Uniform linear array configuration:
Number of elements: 16
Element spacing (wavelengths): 0.75
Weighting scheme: binomial
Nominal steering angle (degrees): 30
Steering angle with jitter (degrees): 31.788
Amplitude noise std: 0.05
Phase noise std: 0.05

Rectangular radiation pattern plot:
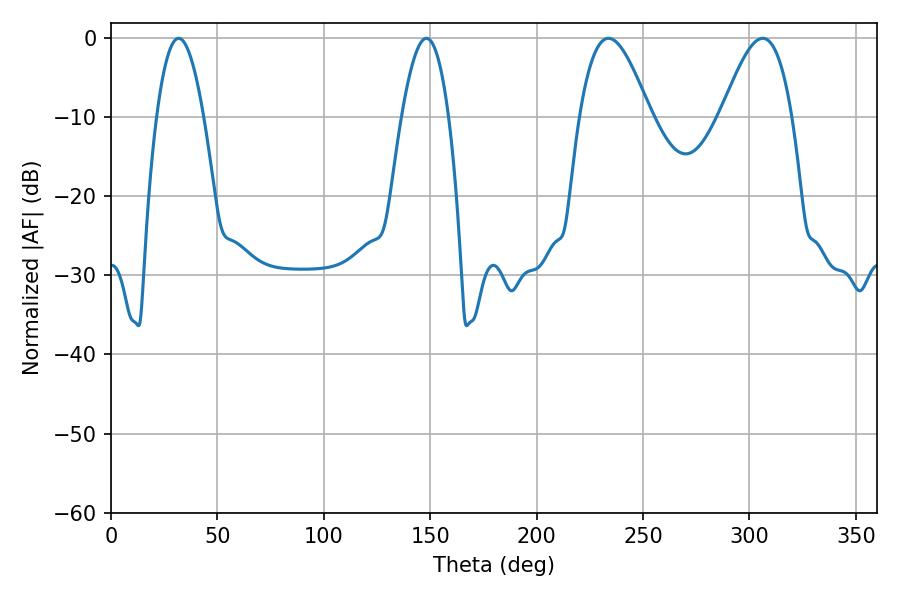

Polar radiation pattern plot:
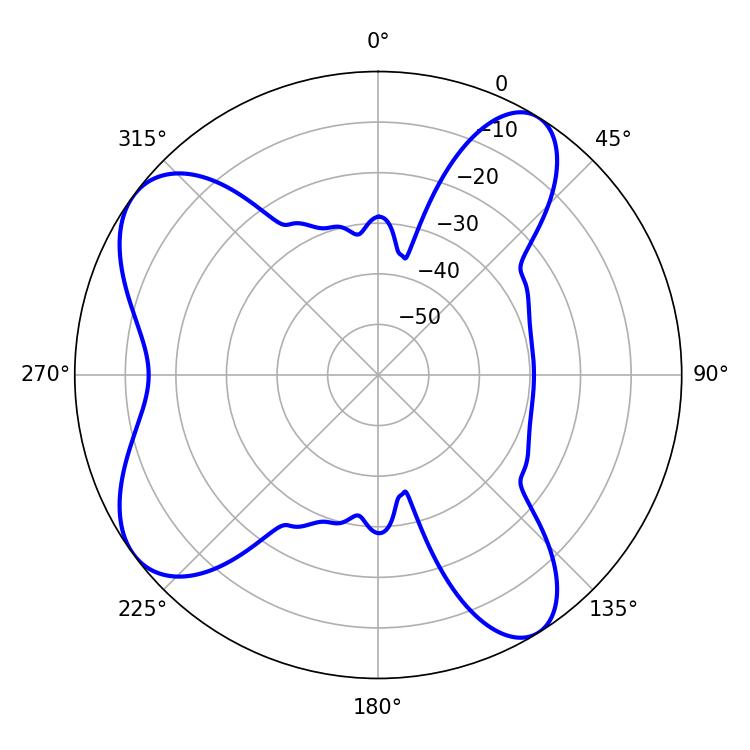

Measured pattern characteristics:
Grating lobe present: TRUE
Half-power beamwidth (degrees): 17.82
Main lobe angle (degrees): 233.82